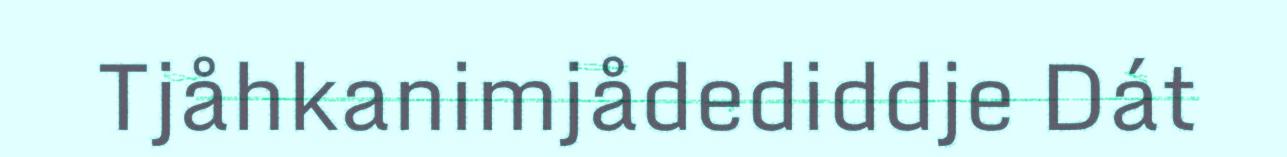
Tjåhkanimjådediddje Dát